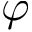
\varphi